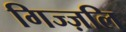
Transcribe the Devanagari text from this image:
गिज्ज़लि